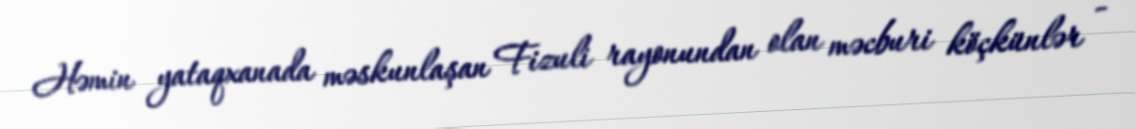
Həmin yataqxanada məskunlaşan Fizuli rayonundan olan məcburi köçkünlər -